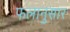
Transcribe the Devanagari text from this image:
फलानुसार